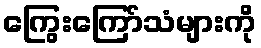
ကြွေးကြော်သံများကို